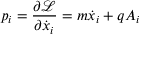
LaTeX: p _ { i } = { \frac { \partial { \mathcal { L } } } { \partial { \dot { x } } _ { i } } } = m { \dot { x } } _ { i } + q A _ { i }